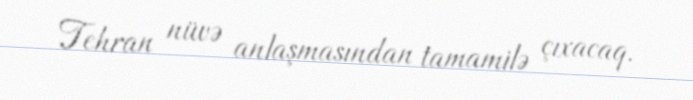
Tehran nüvə anlaşmasından tamamilə çıxacaq.